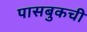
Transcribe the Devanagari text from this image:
पासबुकची